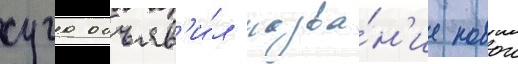
суга объяв'и́л назва́н'ие новои